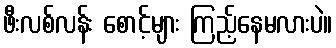
ဖီးလစ်လန်း စောင့်များ ကြည့်နေမလားပဲ။